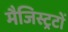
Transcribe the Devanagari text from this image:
मैजिस्ट्रटों